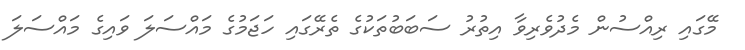
މޭގައި ރިއްސުން މެދުވެރިވާ އިތުރު ސަބަބުތަކުގެ ތެރޭގައި ހަޖަމުގެ މައްސަލަ ވައިގެ މައްސަލަ